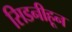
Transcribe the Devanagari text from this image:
सिडनीहून